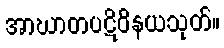
အာဃာတပဋိဝိနယသုတ်။